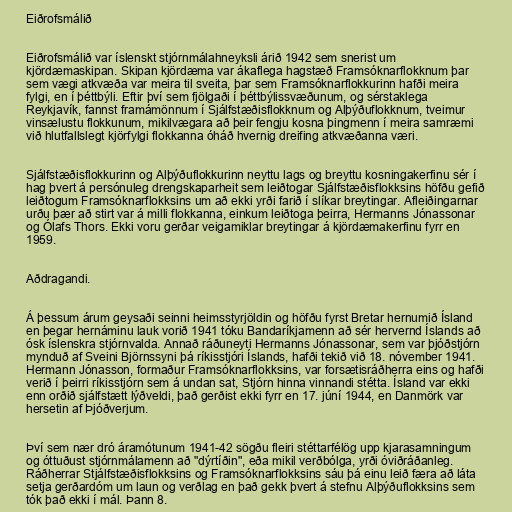
Eiðrofsmálið

Eiðrofsmálið var íslenskt stjórnmálahneyksli árið 1942 sem snerist um
kjördæmaskipan. Skipan kjördæma var ákaflega hagstæð Framsóknarflokknum þar
sem vægi atkvæða var meira til sveita, þar sem Framsóknarflokkurinn hafði meira
fylgi, en í þéttbýli. Eftir því sem fjölgaði í þéttbýlissvæðunum, og sérstaklega
Reykjavík, fannst framámönnum í Sjálfstæðisflokknum og Alþýðuflokknum, tveimur
vinsælustu flokkunum, mikilvægara að þeir fengju kosna þingmenn í meira samræmi
við hlutfallslegt kjörfylgi flokkanna óháð hvernig dreifing atkvæðanna væri.

Sjálfstæðisflokkurinn og Alþýðuflokkurinn neyttu lags og breyttu kosningakerfinu sér í
hag þvert á persónuleg drengskaparheit sem leiðtogar Sjálfstæðisflokksins höfðu gefið
leiðtogum Framsóknarflokksins um að ekki yrði farið í slíkar breytingar. Afleiðingarnar
urðu þær að stirt var á milli flokkanna, einkum leiðtoga þeirra, Hermanns Jónassonar
og Ólafs Thors. Ekki voru gerðar veigamiklar breytingar á kjördæmakerfinu fyrr en
1959.

Aðdragandi.

Á þessum árum geysaði seinni heimsstyrjöldin og höfðu fyrst Bretar hernumið Ísland
en þegar hernáminu lauk vorið 1941 tóku Bandaríkjamenn að sér hervernd Íslands að
ósk íslenskra stjórnvalda. Annað ráðuneyti Hermanns Jónassonar, sem var þjóðstjórn
mynduð af Sveini Björnssyni þá ríkisstjóri Íslands, hafði tekið við 18. nóvember 1941.
Hermann Jónasson, formaður Framsóknarflokksins, var forsætisráðherra eins og hafði
verið í þeirri ríkisstjórn sem á undan sat, Stjórn hinna vinnandi stétta. Ísland var ekki
enn orðið sjálfstætt lýðveldi, það gerðist ekki fyrr en 17. júní 1944, en Danmörk var
hersetin af Þjóðverjum.

Því sem nær dró áramótunum 1941-42 sögðu fleiri stéttarfélög upp kjarasamningum
og óttuðust stjórnmálamenn að "dýrtíðin", eða mikil verðbólga, yrði óviðráðanleg.
Ráðherrar Stjálfstæðisflokksins og Framsóknarflokksins sáu þá einu leið færa að láta
setja gerðardóm um laun og verðlag en það gekk þvert á stefnu Alþýðuflokksins sem
tók það ekki í mál. Þann 8.